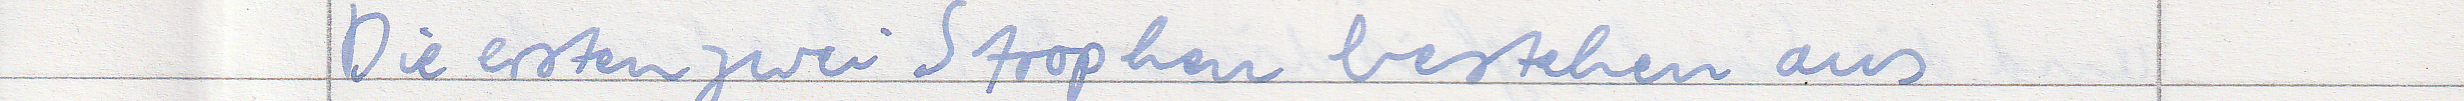
Die ersten zwei Strophen bestehen aus